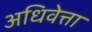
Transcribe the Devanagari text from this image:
अधिवेत्ता